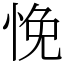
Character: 悗